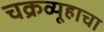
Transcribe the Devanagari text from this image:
चक्रव्यूहाचा